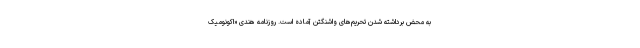
به محض برداشته شدن تحریم‌های واشنگتن آماده است. روزنامه هندی «اکونومیک